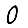
Digit: 0